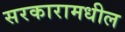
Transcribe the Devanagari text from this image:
सरकारामधील